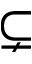
\subsetneq